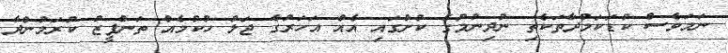
ނަމަވެސް ކުޑަކަމުދާތަކެތި ނުދިނުމުގެ ކުށުގައި އެއް އަހަރުގެ ޖަލު ހުކުމެއް ތަންފީޒު ކުރަމުންދާ